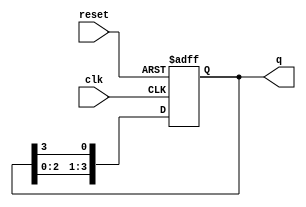
module ring_counter (
    input wire clk,      // Clock input
    input wire reset,    // Active high reset input
    output reg [3:0] q   // 4-bit output for the ring counter
);

// Initial state
initial begin
    q = 4'b0001; // Set initial state (1, 0, 0, 0)
end

// Sequential logic for the ring counter
always @(posedge clk or posedge reset) begin
    if (reset) begin
        q <= 4'b0001; // On reset, initialize to (1, 0, 0, 0)
    end else begin
        // Shift the '1' through the ring counter
        q <= {q[2:0], q[3]}; // Shift left and wrap around
    end
end

endmodule